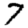
Digit: 7